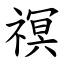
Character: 䄙